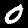
Label: 0